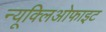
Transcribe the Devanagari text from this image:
न्यूक्लिओफाइट